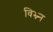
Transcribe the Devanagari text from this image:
विभ्न्न